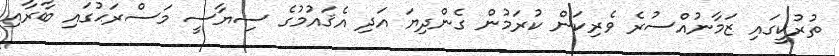
ތުރުކީގައި ޒަމާނުއްސުރެ ވެރިކަން ކުރަމުން ގެންދިޔަ އަދި އެޤައުމުގެ ސިޔާސީ މަސްރަޙުގައި ބާރާއި